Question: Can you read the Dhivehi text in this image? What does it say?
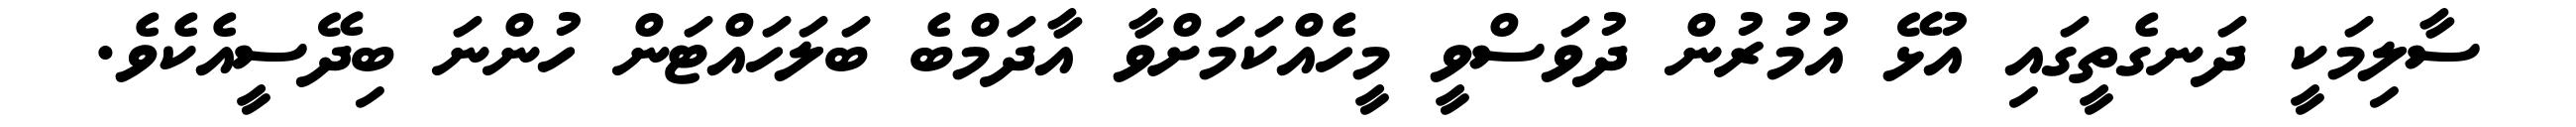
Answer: ސާލިމަކީ ދަނގެތީގައި އުޅޭ އުމުރުން ދުވަސްވީ މީހެއްކަމަށްވާ އާދަމްބެ ބަލަހައްޓަން ހުންނަ ބިދޭސީއެކެވެ.